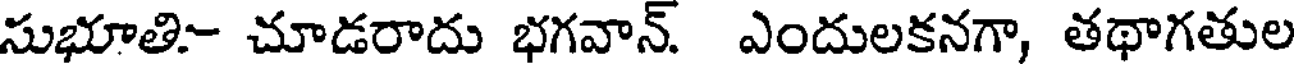
సుభూతి- చూడరాదు భగవాన్. ఎందులకనగా, తథాగతుల